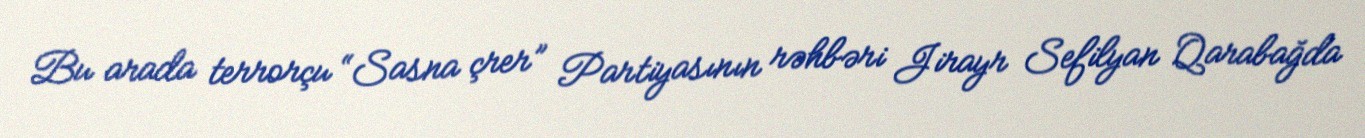
Bu arada terrorçu “Sasna çrer” Partiyasının rəhbəri Jirayr Sefilyan Qarabağda